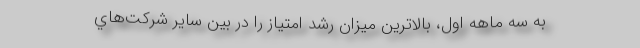
به سه ماهه اول، بالاترين ميزان رشد امتياز را در بين ساير شركت‌هاي